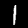
Digit: 1